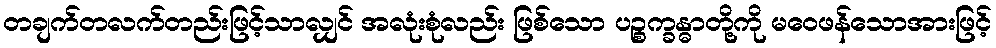
တချက်တလက်တည်းဖြင့်သာလျှင် အလုံးစုံလည်း ဖြစ်သော ပဉ္စက္ခန္ဓာတို့ကို မဝေဖန်သောအားဖြင့်